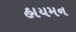
હાયમન